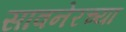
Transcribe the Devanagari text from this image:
सावनेरच्या